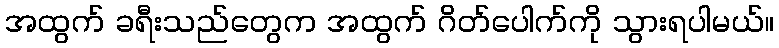
အထွက် ခရီးသည်တွေက အထွက် ဂိတ်ပေါက်ကို သွားရပါမယ်။